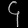
Digit: ၄